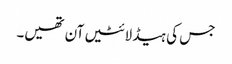
جس کی ہیڈ لائٹیں آن تھیں۔